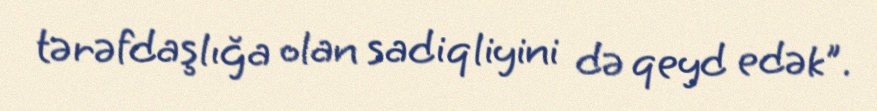
tərəfdaşlığa olan sadiqliyini də qeyd edək".